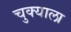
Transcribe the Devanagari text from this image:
चुक्याला